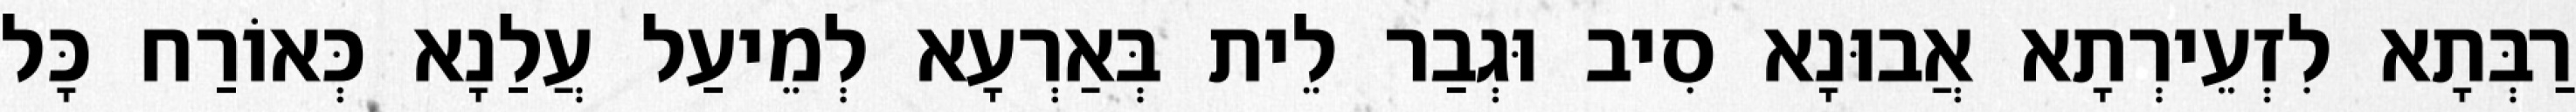
רַבְּתָא לִזְעֵירְתָא אֲבוּנָא סִיב וּגְבַר לֵית בְּאַרְעָא לְמֵיעַל עֲלַנָא כְּאוֹרַח כָּל